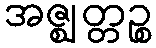
အဇ္ဈတ္တဉ္စ